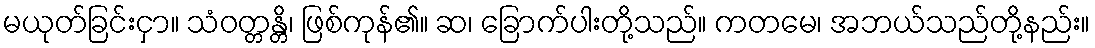
မယုတ်ခြင်းငှာ။ သံဝတ္တန္တိ၊ ဖြစ်ကုန်၏။ ဆ၊ ခြောက်ပါးတို့သည်။ ကတမေ၊ အဘယ်သည်တို့နည်း။